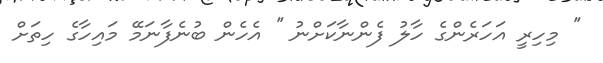
'' މިހިރީ އަހަރެންގެ ހާލު ފެންނާކަށްނު '' އެހެން ބުނެފާނަމޭ މައިހާގެ ހިތަށް